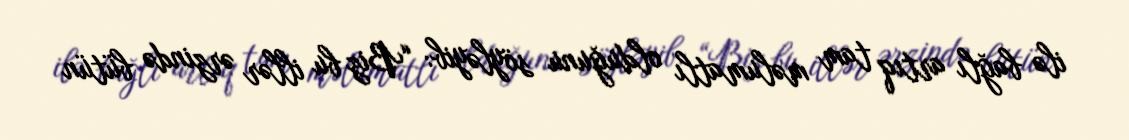
ilə bağlı artıq tam məlumatlı olduğunu söyləyib: “Biz bu illər ərzində bütün